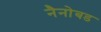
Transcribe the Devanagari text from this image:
नैनोबड